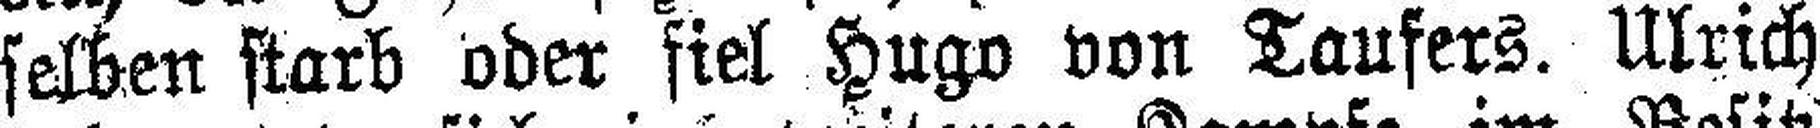
selben starb oder fiel Hugo von Taufers. Ulrich